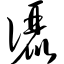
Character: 俪